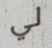
لي